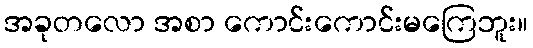
အခုတလော အစာ ကောင်းကောင်းမကြေဘူး။